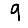
Digit: 9